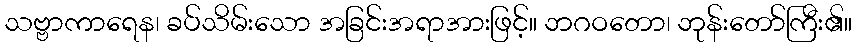
သဗ္ဗာကာရေန၊ ခပ်သိမ်းသော အခြင်းအရာအားဖြင့်။ ဘဂဝတော၊ ဘုန်းတော်ကြီး၏။